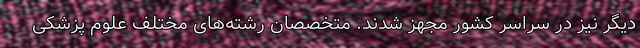
دیگر نیز در سراسر کشور مجهز شدند. متخصصان رشته‌های مختلف علوم پزشکی